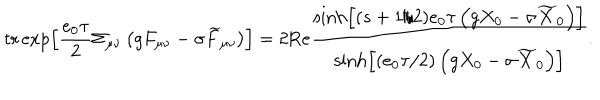
\mathrm { t r } \exp \left[ \frac { e _ { 0 } \tau } 2 \Sigma _ { \mu \nu } \left( g F _ { \mu \nu } - \sigma \widetilde { F } _ { \mu \nu } \right) \right] = 2 \mathrm { R e } \frac { \sinh \left[ ( s + 1 / 2 ) e _ { 0 } \tau \left( g X _ { 0 } - \sigma \widetilde { X } _ { 0 } \right) \right] } { \sinh \left[ \left( e _ { 0 } \tau / 2 \right) \left( g X _ { 0 } - \sigma \widetilde { X } _ { 0 } \right) \right] } .